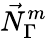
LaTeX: \vec{N}_{\Gamma}^{m}